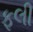
ફલી